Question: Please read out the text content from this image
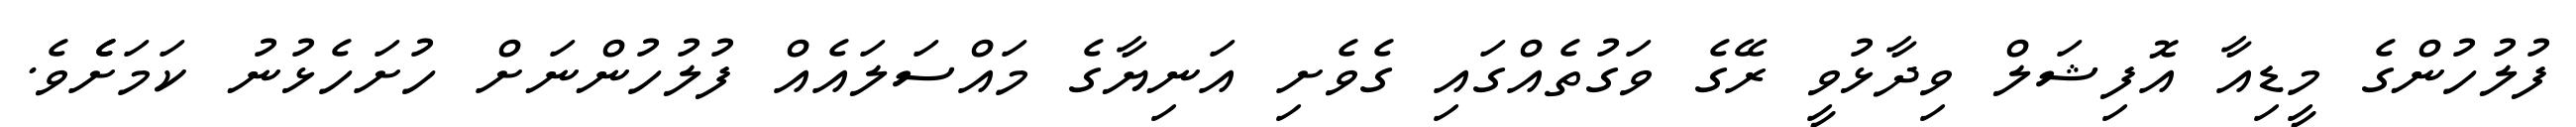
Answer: ފުލުހުންގެ މީޑިއާ އޮފިޝަލް ވިދާޅުވީ ރޭގެ ވަގުތެއްގައި ގެވެށި އަނިޔާގެ މައްސަލައެއް ފުލުހުންނަށް ހުށަހެޅުނު ކަމަށެެވެ.